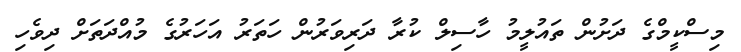
މިސްކީމްގެ ދަށުން ތައުލީމު ހާސިލް ކުރާ ދަރިވަރުން ހަތަރު އަހަރުގެ މުއްދަތަށް ދިވެހި